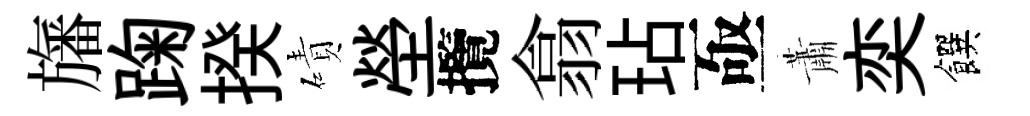
旛踘揆磧塋攬翕玷亟蕭奕饌